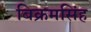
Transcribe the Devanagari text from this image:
बिक्रमसिंह